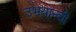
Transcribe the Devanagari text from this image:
उभयान्वी